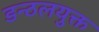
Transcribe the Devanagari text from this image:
डन्ठलयुक्त